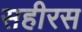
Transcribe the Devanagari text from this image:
सहीरस